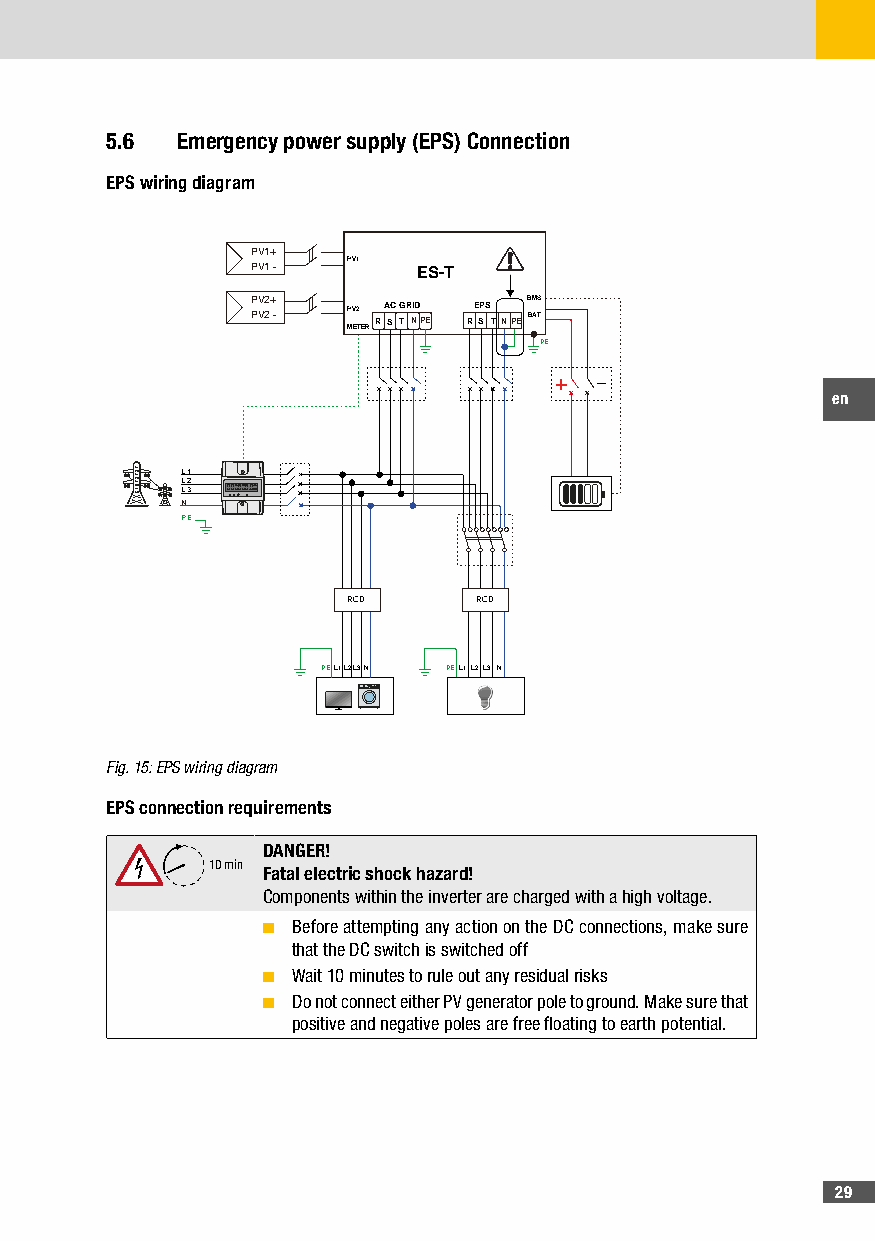
5�6  Emergency power supply (EPS) Connection
 EPS wiring diagram
 PV1+
 PV1 - PV1  ES-T
 PV2+              BMS
 PV2 - MPV E2 TERRA SC G TR NID PE RE SPS TNPE BAT
 PE
 + -
 en
 L1
 L2
 L3
 N
 PE
 RCD     RCD
 PEL1L2L3N PEL1L2L3 N
 Fig. 15: EPS wiring diagram
 EPS connection requirements
 DANGER!
 10 min
 Fatal electric shock hazard!
 Components within the inverter are charged with a high voltage.
 ■ Before attempting any action on the DC connections, make sure
 that the DC switch is switched off
 ■ Wait 10 minutes to rule out any residual risks
 ■ Do not connect either PV generator pole to ground. Make sure that
 positive and negative poles are free floating to earth potential.
 29